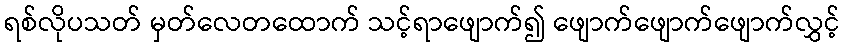
ရစ်လိုပသတ် မှတ်လေတထောက် သင့်ရာဖျောက်၍ ဖျောက်ဖျောက်ဖျောက်လွှင့်